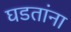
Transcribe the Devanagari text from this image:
घडतांना